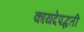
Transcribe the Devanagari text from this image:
कायदेपद्धती